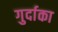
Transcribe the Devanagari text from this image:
गुर्दाका